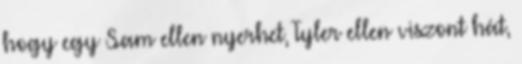
hogy egy Sam ellen nyerhet, Tyler ellen viszont hát,